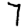
Digit: 7